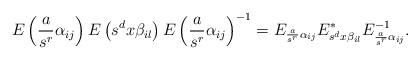
LaTeX: \begin{align*}E\left(\frac{a}{s^r}\alpha_{ij}\right)E\left(s^dx\beta_{il}\right)E\left(\frac{a}{s^r}\alpha_{ij}\right)^{-1}=E_{\frac{a}{s^r}\alpha_{ij}}E_{s^dx\beta_{il}}^*E_{\frac{a}{s^r}\alpha_{ij}}^{-1}.\end{align*}